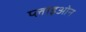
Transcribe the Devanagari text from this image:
प्लाइओन